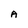
Character: A